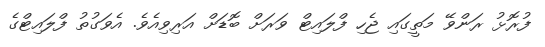
ފުރޮޅު ރަންވޭ މަތީގައި ޖެހި ފްލައިޓް ވަރަށް ބޮޑަށް އަރިވިއެވެ. އެވަގުތު ފްލައިޓްގެ